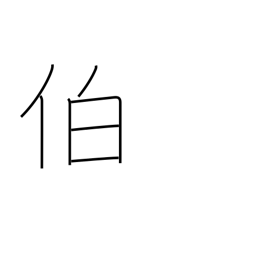
Meaning: chief